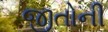
જીતોની